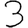
Digit: 3